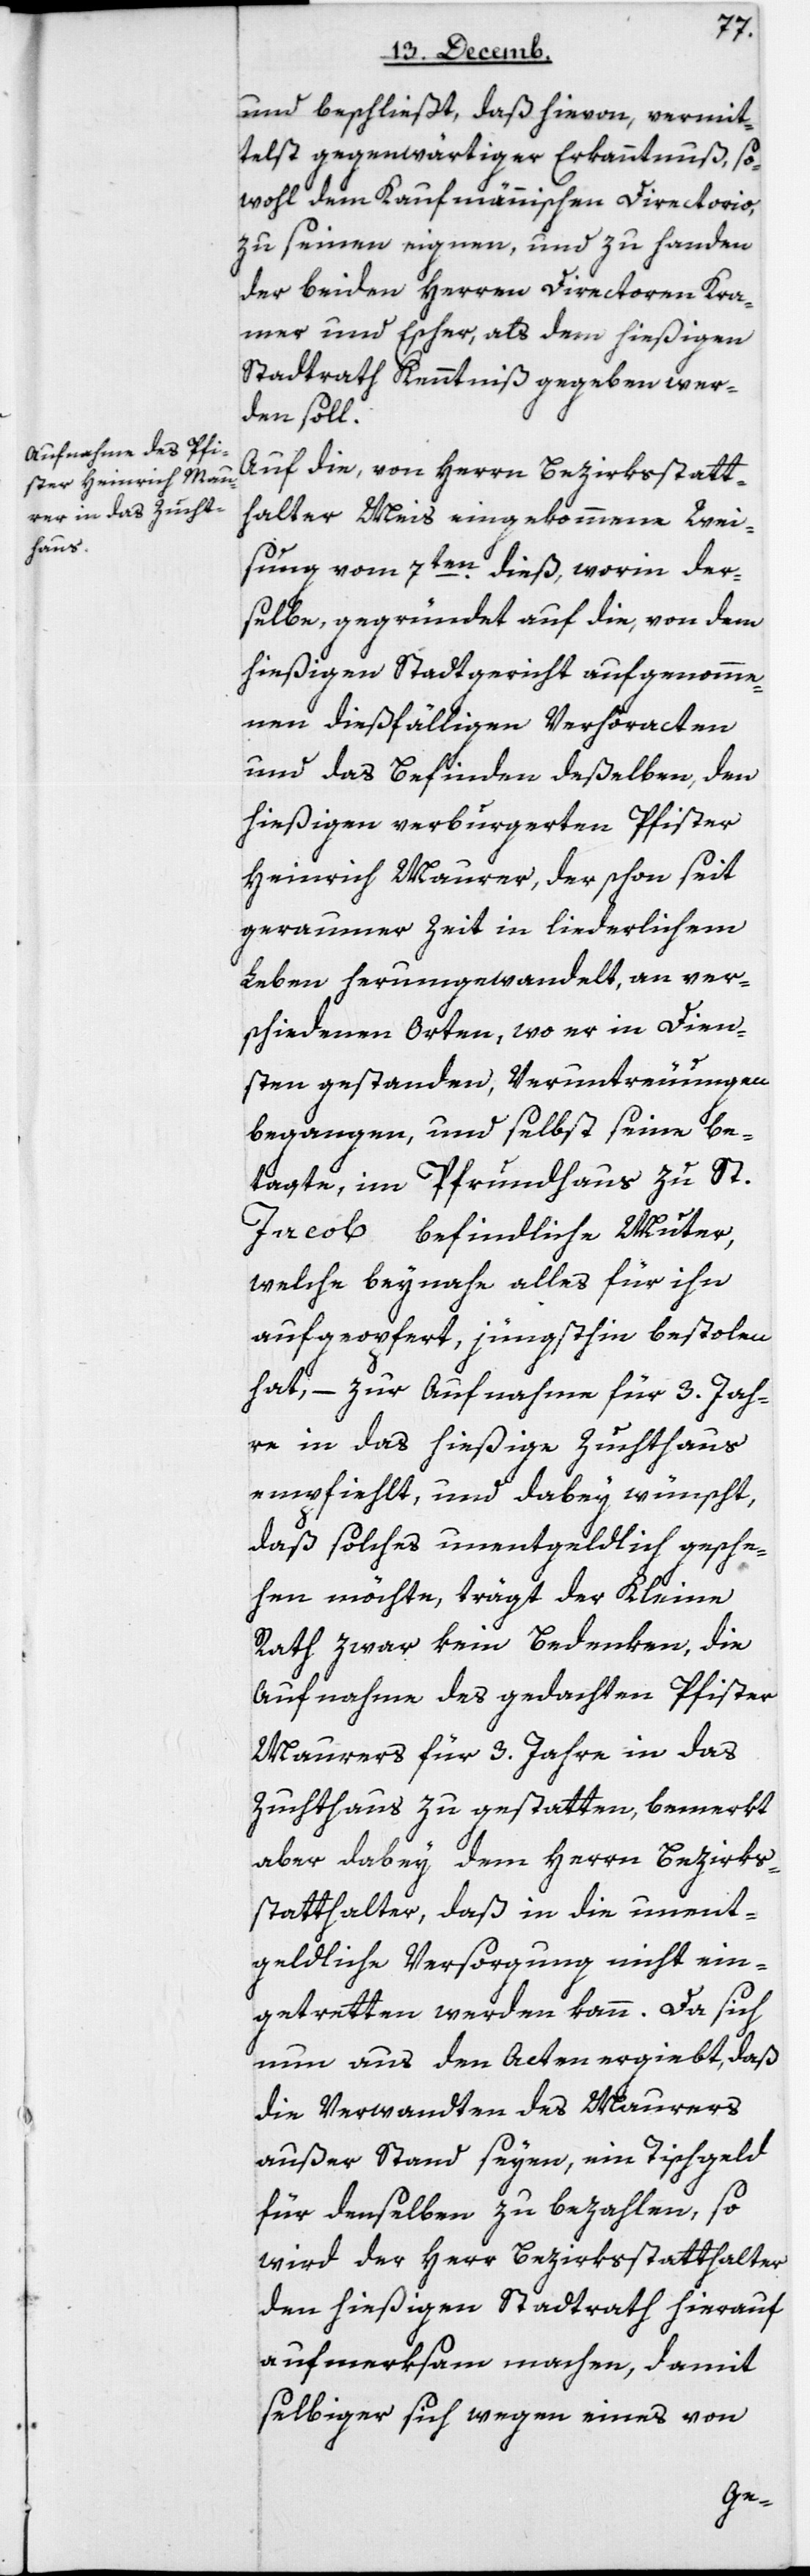
und beschließt, daß hievon, vermit¬
telst gegenwärtiger Erkanntnuß, so¬
wohl dem Kaufmännischen Directorio,
zu seinen eignen und zu Handen
der beiden Herren Directoren Kra¬
mer und Escher, als dem hießigen
Stadtrath Kenntniß gegeben wer¬
den soll.
Auf die, von Herrn Bezirksstatt¬
halter Meis eingekommene Wei¬
sung vom 7ten dieß, worin der¬
selbe, gegründet auf die von dem
hießigen Stadtgericht aufgenomme¬
nen dießfälligen Verhöracten
und das Befinden deßelben, den
hießigen verburgerten Pfister
Heinrich Maurer, der schon seit
geraumer Zeit in liederlichem
Leben herumgewandelt, an ver¬
schieden Orten, wo er in Dien¬
sten gestanden, Veruntreuungen
begangen, und selbst seine be¬
tagte, im Pfrundhaus zu St.
Jacob befindliche Muter,
welche beynahe alles für ihn
aufgeopfert, jüngsthin bestohlen
hat, – zur Aufnahme für 3 Jah¬
re in das hießige Zuchthaus
empfiehlt, und dabey wünscht,
daß solches unentgeldlich gesche¬
hen möchte, trägt der Kleine
Rath zwar kein Bedenken, die
Aufnahme des gedachten Pfister
Maurers für 3 Jahre in das
Zuchthaus zu gestatten, bemerkt
aber dabey dem Herrn Bezirks¬
statthalter, daß in die unent¬
geldliche Versorgung nicht ein¬
getretten werden kann. Da sich
nun aus den Acten ergiebt, daß
die Verwandten des Maurers
außer Stand seyen, ein Tischgeld
für denselben zu bezahlen, so
wird der Herr Bezirksstatthalter
den hießigen Stadtrath hierauf
aufmerksam machen, damit
selbiger sich wegen eines von